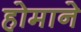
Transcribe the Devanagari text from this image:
होमाने